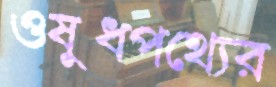
ওষুধপথ্যের